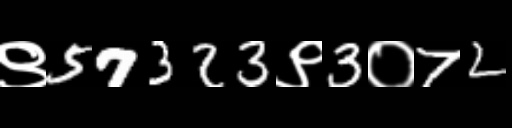
Text: ९57323९3०72